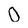
Character: O